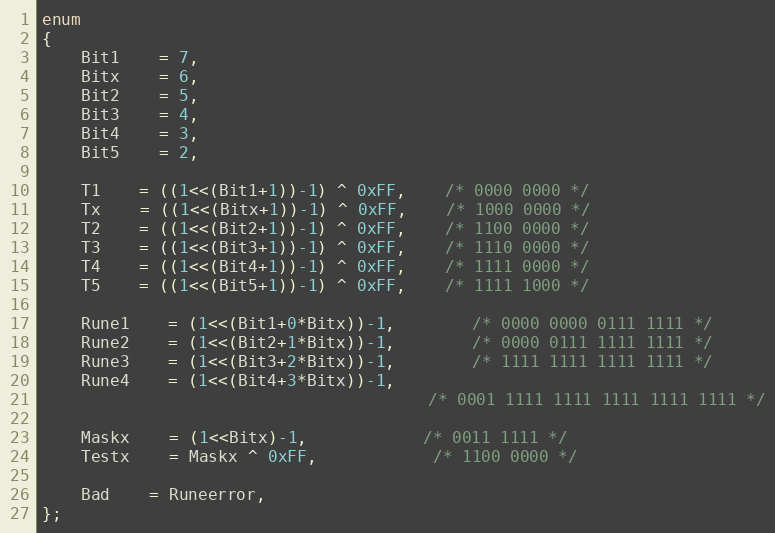
Language: C
enum
{
	Bit1	= 7,
	Bitx	= 6,
	Bit2	= 5,
	Bit3	= 4,
	Bit4	= 3,
	Bit5	= 2,

	T1	= ((1<<(Bit1+1))-1) ^ 0xFF,	/* 0000 0000 */
	Tx	= ((1<<(Bitx+1))-1) ^ 0xFF,	/* 1000 0000 */
	T2	= ((1<<(Bit2+1))-1) ^ 0xFF,	/* 1100 0000 */
	T3	= ((1<<(Bit3+1))-1) ^ 0xFF,	/* 1110 0000 */
	T4	= ((1<<(Bit4+1))-1) ^ 0xFF,	/* 1111 0000 */
	T5	= ((1<<(Bit5+1))-1) ^ 0xFF,	/* 1111 1000 */

	Rune1	= (1<<(Bit1+0*Bitx))-1,		/* 0000 0000 0111 1111 */
	Rune2	= (1<<(Bit2+1*Bitx))-1,		/* 0000 0111 1111 1111 */
	Rune3	= (1<<(Bit3+2*Bitx))-1,		/* 1111 1111 1111 1111 */
	Rune4	= (1<<(Bit4+3*Bitx))-1,
                                        /* 0001 1111 1111 1111 1111 1111 */

	Maskx	= (1<<Bitx)-1,			/* 0011 1111 */
	Testx	= Maskx ^ 0xFF,			/* 1100 0000 */

	Bad	= Runeerror,
};